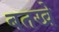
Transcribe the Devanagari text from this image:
बतखे